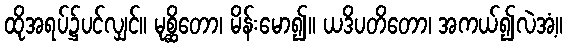
ထိုအရပ်၌ပင်လျှင်။ မုစ္ဆိတော၊ မိန်းမော၍။ ယဒိပတိတော၊ အကယ်၍လဲအံ့။